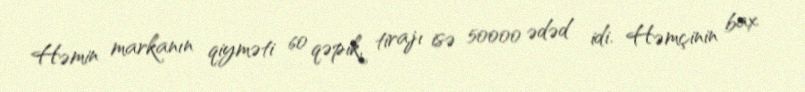
Həmin markanın qiyməti 60 qəpik, tirajı isə 50000 ədəd idi. Həmçinin bax